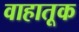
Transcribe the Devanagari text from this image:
वाहातूक